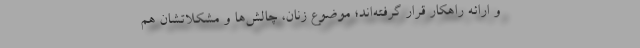
و ارائه راهکار قرار گرفته‌اند؛ موضوع زنان، چالش‌ها و مشکلاتشان هم